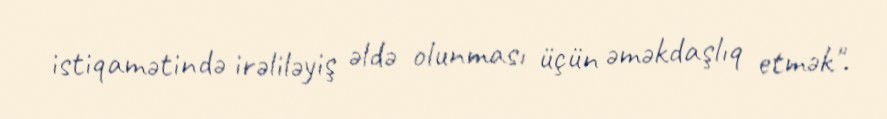
istiqamətində irəliləyiş əldə olunması üçün əməkdaşlıq etmək".